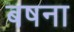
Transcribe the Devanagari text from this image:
बषना